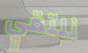
نلتقي